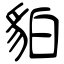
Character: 貃